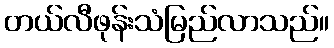
တယ်လီဖုန်းသံမြည်လာသည်။